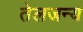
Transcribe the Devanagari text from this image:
तेलजन्य